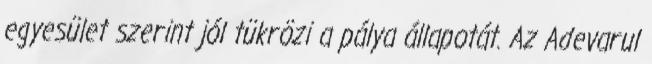
egyesület szerint jól tükrözi a pálya állapotát. Az Adevarul